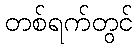
တစ်ရက်တွင်